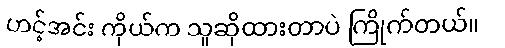
ဟင့်အင်း ကိုယ်က သူဆိုထားတာပဲ ကြိုက်တယ်။